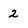
Character: 2